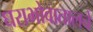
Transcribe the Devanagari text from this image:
घराभोवातालचे